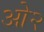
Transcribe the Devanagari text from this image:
ओ२